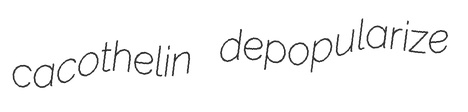
cacothelin depopularize